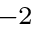
^ { - 2 }